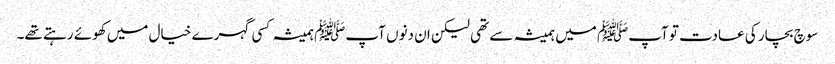
سوچ بچار کی عادت تو آپﷺ میں ہمیشہ سے تھی لیکن ان دنوں آپﷺ ہمیشہ کسی گہرے خیال میں کھوئے رہتے تھے۔